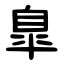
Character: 臯